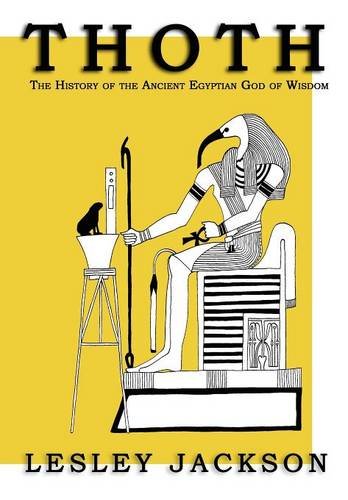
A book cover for Thoth: The History of the Ancient Egyptian God of Wisdom; Lesley Jackson; Religion & Spirituality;